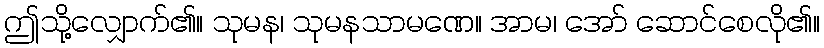
ဤသို့လျှောက်၏။ သုမန၊ သုမနသာမဏေ။ အာမ၊ အော် ဆောင်စေလို၏။